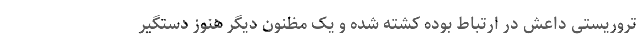
تروریستی داعش در ارتباط بوده کشته شده و یک مظنون دیگر هنوز دستگیر